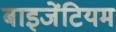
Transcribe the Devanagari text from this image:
बाइजेंटियम